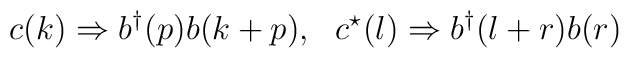
c(k) \Rightarrow b^{\dagger}(p)b(k+p), ~~ c^{\star}(l) \Rightarrow b^{\dagger}(l+r)b(r)